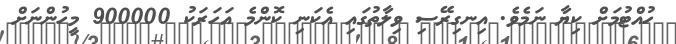
ހުއްޓުމަށް ކިޔާ ނަމެވެ. އިނގިރޭސި ވިލާތުގައި އެކަނި ކޮންމެ އަހަރަކު 900000 މީހުންނަށް